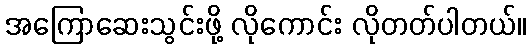
အကြောဆေးသွင်းဖို့ လိုကောင်း လိုတတ်ပါတယ်။